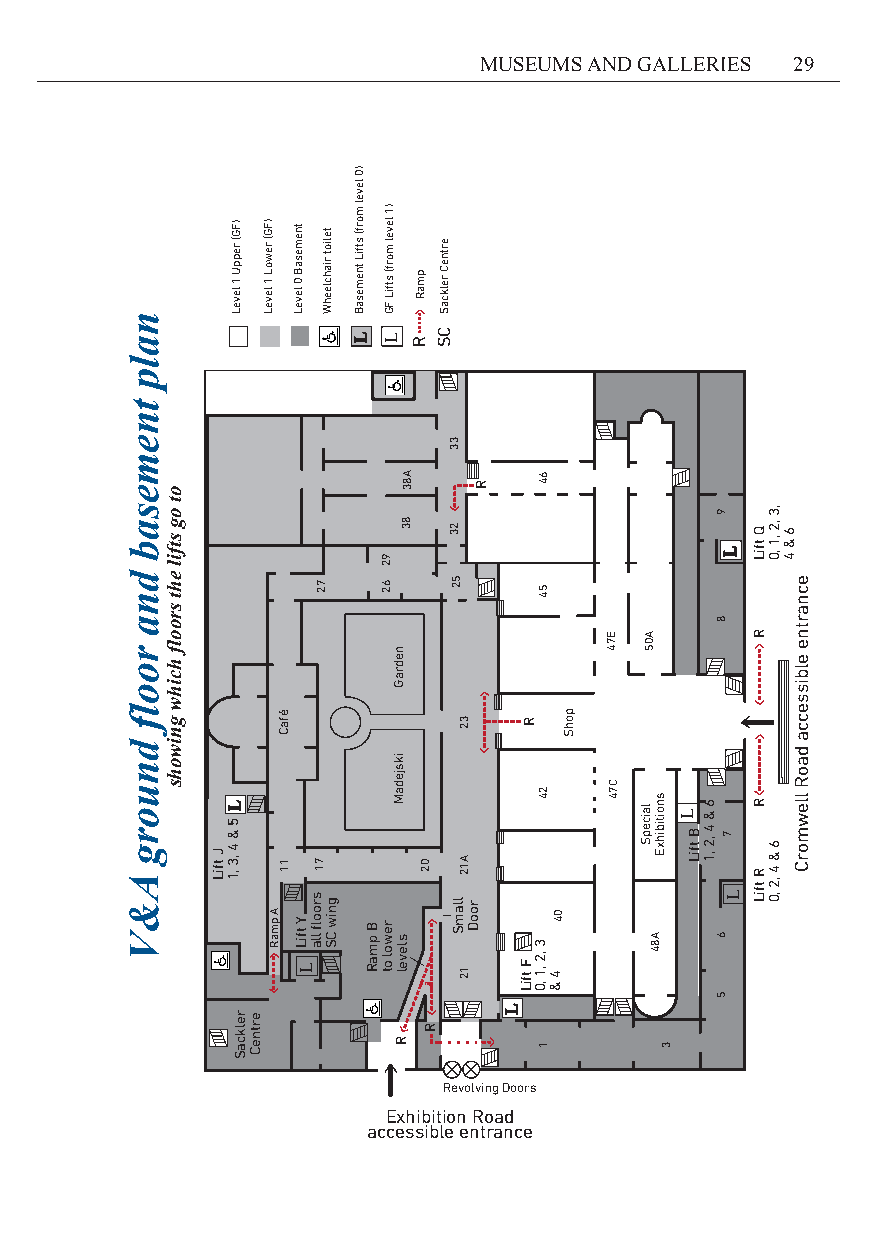
MUSEUMS AND GALLERIES 29
 Revolving Doors
 Exhibition Road
 accessible entrance
 nalp
 tnemesab
 dna
 roolf
 dnuorg
 A&V
 nalp
 tnemesab
 dna
 roolf
 dnuorg A&V
 ot
 og
 stfil
 eht
 ostr
 oogo
 sltffi
 l hehcti
 shrowo
 lfg hnciihwwo
 ghnsiwohs
 J tfiL
 )FG(
 reppU
 1
 leveL
 L 5 & 4 ,3 ,1
 relkcaS ertneC
 )FG(
 rewoL
 1
 leveL
 A pmaR
 éfaC
 11
 tnemesaB
 0
 leveL
 Y tfiL
 L
 teliot
 riahcleehW
 72
 71
 s gro no iwfl Cll Sa
 )0
 level
 morf(
 stfiL
 tnemesaB
 L
 B pmaR
 )1
 level
 morf(
 stfiL
 FG
 L
 92
 62
 rewol
 ot
 A83
 83
 nedraG
 iksjedaM
 slevel
 R
 pmaR
 R
 02
 R
 ertneC
 relkcaS
 CS
 33
 23
 52
 llamS
 32
 A12
 12
 rooD
 R
 L
 R
 F tfiL
 64
 54
 24
 3
 ,2
 ,1
 ,0
 1
 04
 4
 &
 pohS
 E74
 C74
 A05
 snl oa ii tc ie bp ihS xE
 A84
 3
 L B tfiL 6 & 4 ,2 ,1
 9
 L
 8
 7
 L 6
 5
 Q tfiL
 R
 R R tfiL
 ,3
 ,2 ,1
 ,0
 6 & 4 ,2
 ,0
 6 &
 4
 ecnartne
 elbissecca
 daoR
 llewmorC